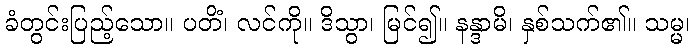
ခံတွင်းပြည့်သော။ ပတိံ၊ လင်ကို။ ဒိသွာ၊ မြင်၍။ နန္ဒာမိ၊ နှစ်သက်၏။ သမ္မ၊